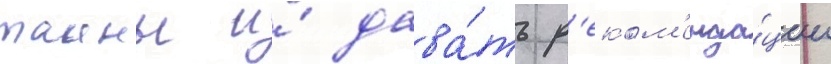
таины и́ дава́ть р'еком'енда́ции